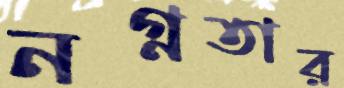
নগ্নতার